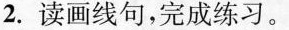
2.读画线句，完成练习。